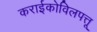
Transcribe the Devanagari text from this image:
कराईकोविलपत्तू